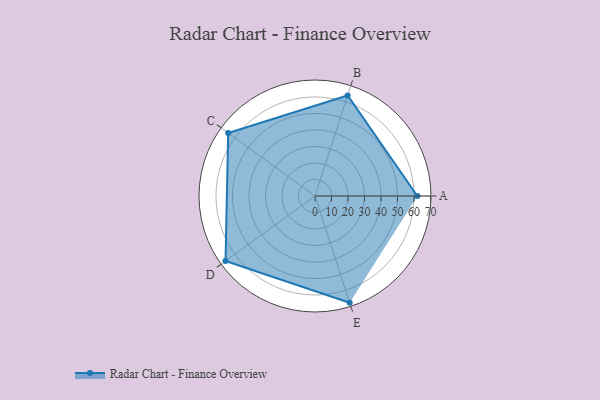
{"axis": {"x": "Skill", "y": "Score"}, "legend": ["Profile"], "data": [{"x": "A", "y": 62.0, "type": "Profile"}, {"x": "B", "y": 64.0, "type": "Profile"}, {"x": "C", "y": 65.0, "type": "Profile"}, {"x": "D", "y": 67.0, "type": "Profile"}, {"x": "E", "y": 68.0, "type": "Profile"}]}